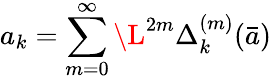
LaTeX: a_{k}=\sum_{m=0}^{\infty}\L^{2m}{\Delta_{k}^{(m)}}(\bar{a})